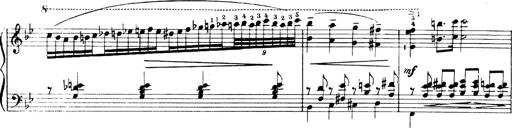
Title: Andante Finale und Marsch aus der Oper KÃ¶nig Alfred
Composer: Franz Liszt